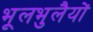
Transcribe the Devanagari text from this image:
भूलभुलैयों